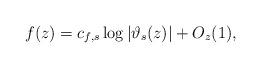
\begin{align*}f(z)= c_{f,s}\log|\vartheta_{s}(z)| + O_{z}(1),\end{align*}